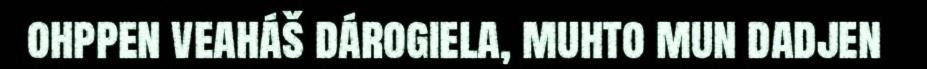
ohppen veaháš dárogiela, muhto mun dadjen